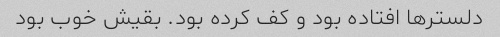
دلستر‌ها افتاده بود و کف کرده بود. بقیش خوب بود